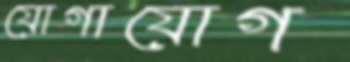
যোগাযোগ